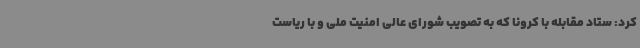
کرد: ستاد مقابله با کرونا که به تصویب شورای عالی امنیت ملی و با ریاست